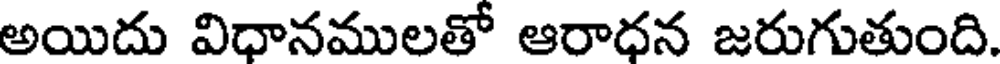
అయిదు విధానములతో ఆరాధన జరుగుతుంది.